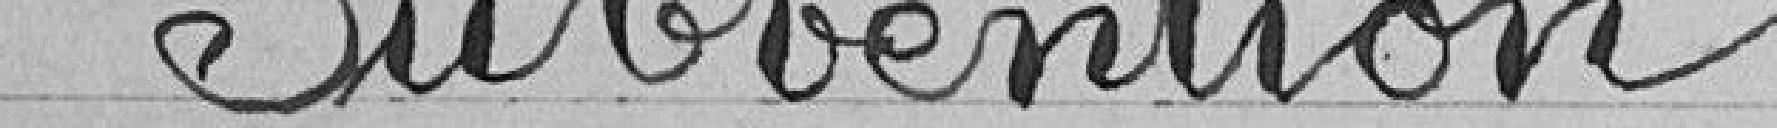
Subvention